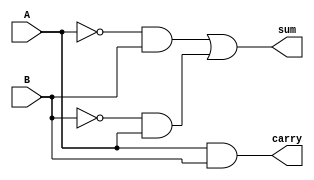
`timescale 1ns/1ns

module HalfAdder(sum,carry,A,B);
    input A,B;
    output sum,carry;

    not #1 (A1,A);
    not #1 (B1,B);
    and #1 (t1,A1,B);
    and #1 (t2,B1,A);
    or #1 (sum,t1,t2);
    and #1 (carry,A,B);

endmodule

module FA(sum,cout,cin,A,B);
    input A,B,cin;
    output sum,cout;

    HalfAdder a(sum1,c1,cin,A);
    HalfAdder b(sum,c2,sum1,B);
    HalfAdder c(cout,c3,c1,c2);

endmodule

module RCA(sum,cout,A,B,cin);
    input [3:0]A;
    input [3:0]B;
    input cin;
    output [3:0]sum;
    output cout;

    FA p(sum[0],c1,cin,A[0],B[0]);
    FA q(sum[1],c2,c1,A[1],B[1]);
    FA r(sum[2],c3,c2,A[2],B[2]);
    FA s(sum[3],cout,c3,A[3],B[3]);

endmodule